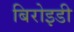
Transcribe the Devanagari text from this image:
बिरोइडी